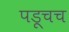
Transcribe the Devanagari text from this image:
पडूचच